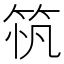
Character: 𥭂